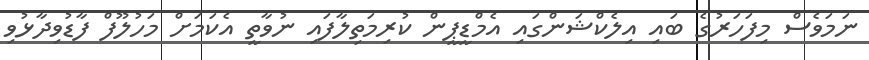
ނަމަވެސް މިފަހަރުގެ ބައި އިލެކްޝަންގައި އެމްޑީޕީން ކުރިމަތިލާފައި ނުވާތީ އެކަމަށް މަހުލޫފް ފާޑުވިދާޅުވި